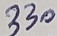
Text: 330